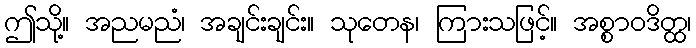
ဤသို့။ အညမညံ၊ အချင်းချင်း။ သုတေန၊ ကြားသဖြင့်။ အစ္စာဝဒိတ္ထ၊